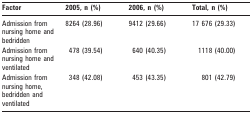
| Factor | 2005, n (%) | 2006, n (%) | Total, n (%) |
 | --- | --- | --- | --- |
 | Admission from nursing home and bedridden | 8264 (28.96) | 9412 (29.66) | 17 676 (29.33) |
 | Admission from nursing home and ventilated | 478 (39.54) | 640 (40.35) | 1118 (40.00) |
 | Admission from nursing home, bedridden and ventilated | 348 (42.08) | 453 (43.35) | 801 (42.79) |